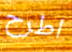
اطرح